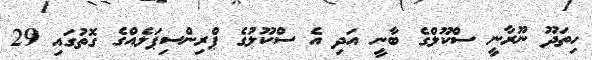
ހިތަދޫ ނޫރާނީ ސްކޫލްގެ ބާނީ އަދި އެ ސްކޫލުގެ ޕްރިންސިޕަލެއްގެ ގޮތުގައި 29